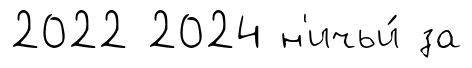
2022 2024 н'ичьи́ за